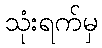
သုံးရက်မှ